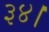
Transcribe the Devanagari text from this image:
३४।